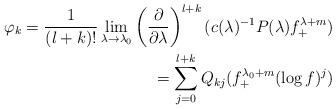
LaTeX: \begin{align*}\varphi_k = \frac{1}{(l+k)!} \lim_{\lambda\rightarrow \lambda_0}\left(\frac{\partial}{\partial\lambda}\right)^{l+k}(c(\lambda)^{-1}P(\lambda)f_+^{\lambda+m}) \\ =\sum_{j=0}^{l+k}Q_{kj} (f_+^{\lambda_0+m}(\log f)^j)\end{align*}